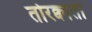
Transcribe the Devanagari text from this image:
तोरक्वातो